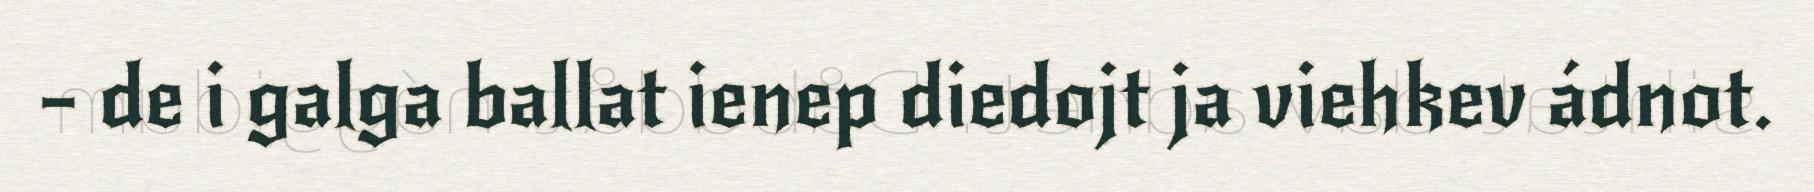
– de i galga ballat ienep diedojt ja viehkev ádnot.